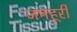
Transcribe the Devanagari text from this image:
जमहूरी